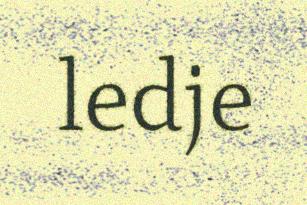
ledje